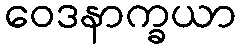
ဝေဒနာက္ခယာ